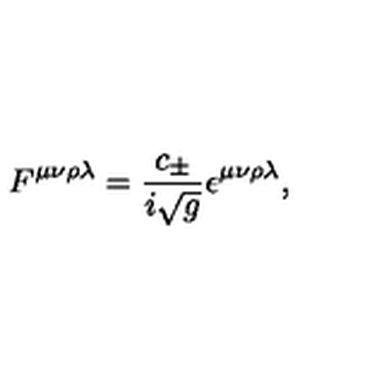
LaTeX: F ^ { \mu \nu \rho \lambda } = \frac { c _ { \pm } } { i \sqrt { g } } \epsilon ^ { \mu \nu \rho \lambda } ,